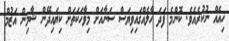
ހިއެއް ނުކުރެއެވެ. ކޮންމެ ފަދަ ހާލެއްގައިވިޔަސް ސަނާއަށް މިވާހަކަތަށް ކިޔައިދޭން ޝާމިން އަޒުމް